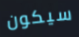
سيكون